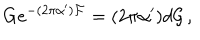
LaTeX: G e ^ { - ( 2 \pi \alpha ^ { \prime } ) { \cal F } } = ( 2 \pi \alpha ^ { \prime } ) d { \cal G } \, ,